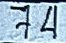
74